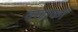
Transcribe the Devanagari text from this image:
वाद्यकों